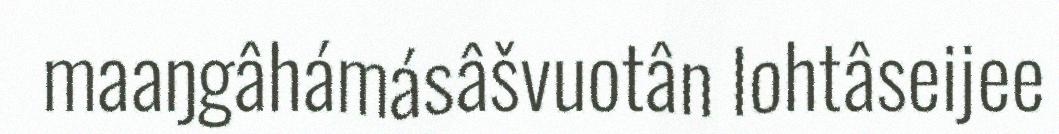
maaŋgâhámásâšvuotân lohtâseijee